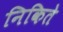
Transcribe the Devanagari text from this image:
निकिते